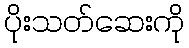
ပိုးသတ်ဆေးကို